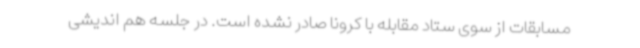
مسابقات از سوی ستاد مقابله با کرونا صادر نشده است. در جلسه هم اندیشی